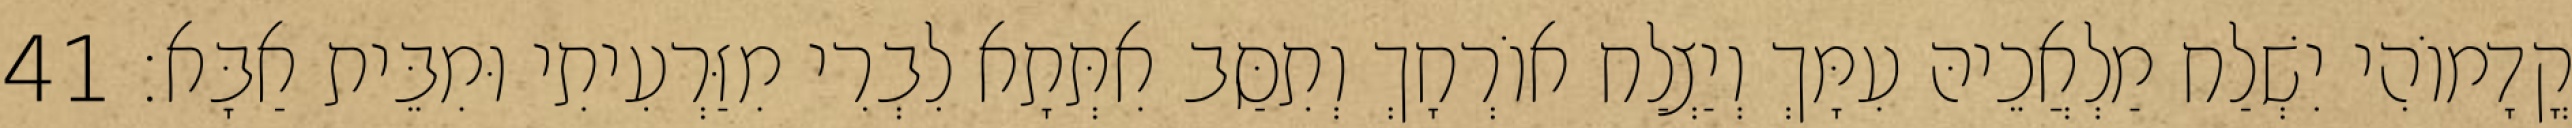
קֳדָמוֹהִי יִשְׁלַח מַלְאֲכֵיהּ עִמָּךְ וְיַצְלַח אוֹרְחָךְ וְתִסַּב אִתְּתָא לִבְרִי מִזַּרְעִיתִי וּמִבֵּית אַבָּא׃ 41